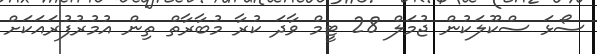
ސޯޅަ ސްކޫލަކުން ޖުމަލް 28 ޓީމް ވާދަ ކުރާ މުބާރާތް ތިން އުމުރުފުރައަކަށް